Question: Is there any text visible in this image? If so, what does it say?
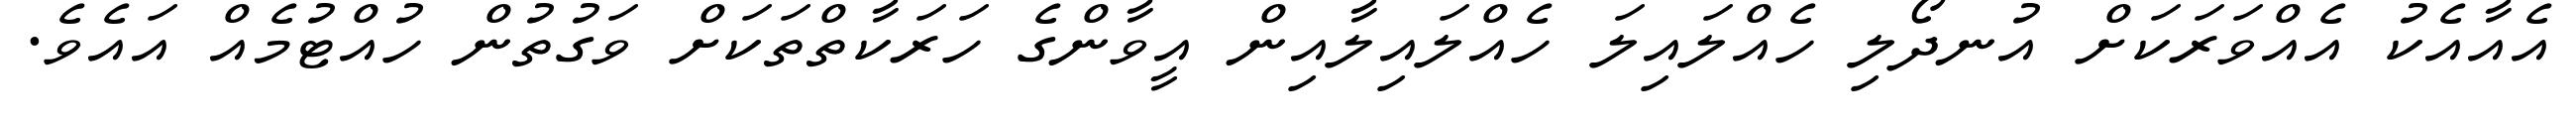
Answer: އެއާއެކު އެއްވަރަކަށް އުނދޯލި ހެއްލައިލަ ހެއްލައިލާއިން އީވާންގެ ހަރަކާތްތަކަށް ވަގުތުން ހުއްޓުމެއް އައެވެ.